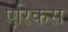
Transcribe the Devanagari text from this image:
एरिकस